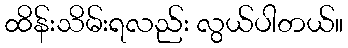
ထိန်းသိမ်းရလည်း လွယ်ပါတယ်။